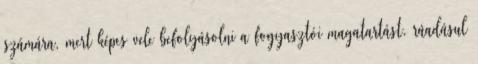
számára, mert képes vele befolyásolni a fogyasztói magatartást, ráadásul